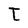
Character: t